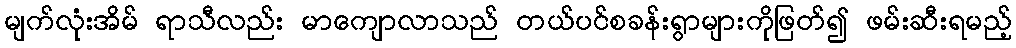
မျက်လုံးအိမ် ရာသီလည်း မာကျောလာသည် တယ်ပင်စခန်းရွာများကိုဖြတ်၍ ဖမ်းဆီးရမည့်